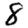
Digit: 8